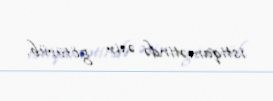
istiqamətində əsir götürüb.